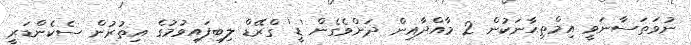
ނުވަތަސާނަވީ އިމްތިޙާނަކުން 2 މާއްދާއިން ދަށްވެގެން 'ޑީ' ގްރޭޑް ލިބިފައިވުމުގެ އިތުރުން ސެކެންޑަރީ